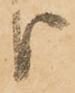
り